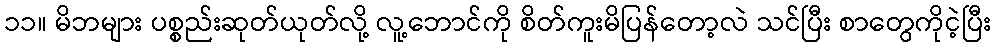
၁၁။ မိဘများ ပစ္စည်းဆုတ်ယုတ်လို့ လူ့ဘောင်ကို စိတ်ကူးမိပြန်တော့လဲ သင်ပြီး စာတွေကိုငဲ့ပြီး